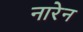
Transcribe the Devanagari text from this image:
नारेन